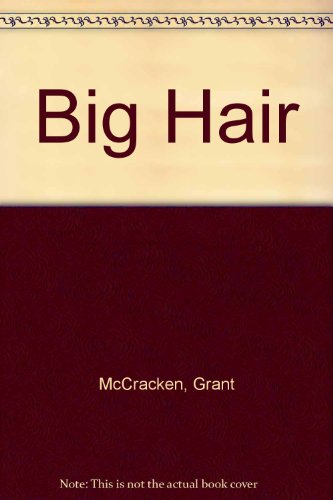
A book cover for Big Hair: A Journey Into the Transformation of Self.; Grant. McCracken; Health, Fitness & Dieting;